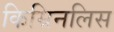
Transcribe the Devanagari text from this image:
किम्रिनलिस